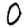
Digit: 0